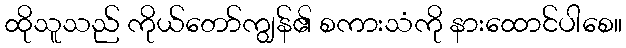
ထိုသူသည် ကိုယ်တော်ကျွန်၏ စကားသံကို နားထောင်ပါစေ။